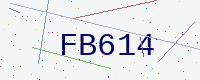
Text: FB614